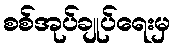
စစ်အုပ်ချုပ်ရေးမှ